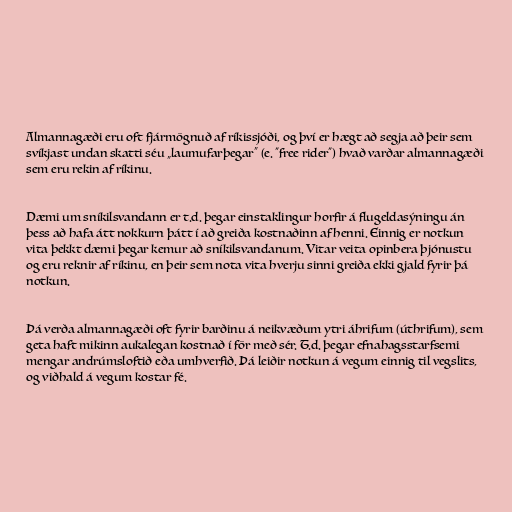
Almannagæði eru oft fjármögnuð af ríkissjóði, og því er hægt að segja að þeir sem
svíkjast undan skatti séu „laumufarþegar“ (e. "free rider") hvað varðar almannagæði
sem eru rekin af ríkinu.

Dæmi um sníkilsvandann er t.d. þegar einstaklingur horfir á flugeldasýningu án
þess að hafa átt nokkurn þátt í að greiða kostnaðinn af henni. Einnig er notkun
vita þekkt dæmi þegar kemur að sníkilsvandanum. Vitar veita opinbera þjónustu
og eru reknir af ríkinu, en þeir sem nota vita hverju sinni greiða ekki gjald fyrir þá
notkun.

Þá verða almannagæði oft fyrir barðinu á neikvæðum ytri áhrifum (úthrifum), sem
geta haft mikinn aukalegan kostnað í för með sér. T.d. þegar efnahagsstarfsemi
mengar andrúmsloftið eða umhverfið. Þá leiðir notkun á vegum einnig til vegslits,
og viðhald á vegum kostar fé.